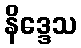
နိဒ္ဒေသ